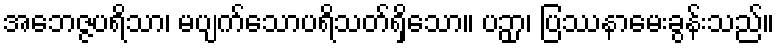
အဘေဇ္ဇပရိသာ၊ မပျက်သောပရိသတ်ရှိသော။ ပဉှာ၊ ပြဿနာမေးခွန်းသည်။